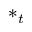
* _ { t }